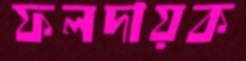
ফলদায়ক